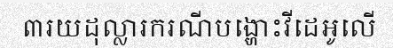
៣រយដុល្លារករណីបង្ហោះវីដេអូលើ